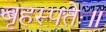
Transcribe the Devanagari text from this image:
बृहस्पतेः॥